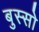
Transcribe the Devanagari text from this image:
बुस्सो